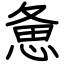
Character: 惫